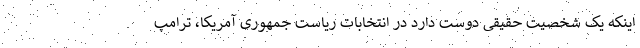
اینکه یک شخصیت حقیقی دوست دارد در انتخابات ریاست جمهوری آمریکا، ترامپ